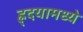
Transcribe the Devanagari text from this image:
ह्र्दयामध्ये